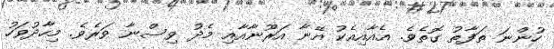
ހުންނަ ތަފާތު ގޮތެވެ. އެއާއިއެކު އޭނާ އަރޫނާއާއި މެދު ވިސްނާ ވަރެވެ. މިހާދުވަހު